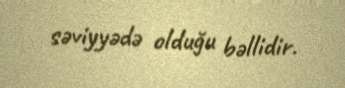
səviyyədə olduğu bəllidir.